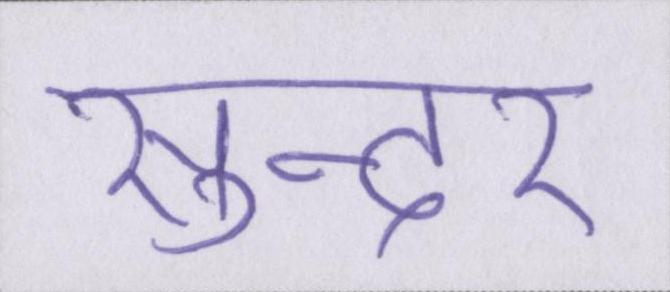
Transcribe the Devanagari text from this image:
सुन्दर्